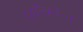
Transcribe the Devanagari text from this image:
कॉन्फ़रेन्स